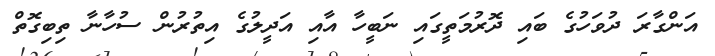
އަންގާރަ ދުވަހުގެ ބައި ދޮރުމަތީގައި ނަބީހާ އާއި އަދީލުގެ އިތުރުން ސުހާނާ ތިބިގޮތް